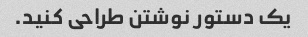
یک دستور نوشتن طراحی کنید.